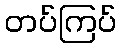
တပ်ကြပ်